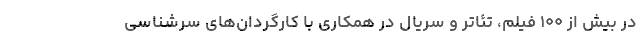
در بیش از ۱۰۰ فیلم، تئاتر و سریال در همکاری با کارگردان‌های سرشناسی